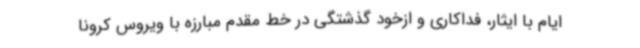
ایام با ایثار، فداکاری و ازخود گذشتگی در خط مقدم مبارزه با ویروس کرونا